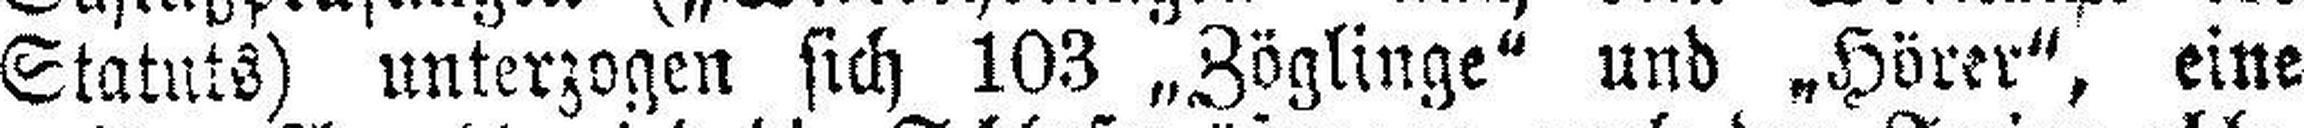
Statuts) unterzogen sich 103 „Zöglinge“ und „Hörer“, eine